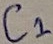
Text: C1